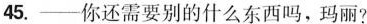
45.—你还需要别的什么东西吗,玛丽